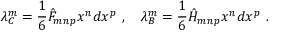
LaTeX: \lambda _ { C } ^ { m } = \frac { 1 } { 6 } \hat { F } _ { m n p } x ^ { n } d x ^ { p } \ , \quad \lambda _ { B } ^ { m } = \frac { 1 } { 6 } \hat { H } _ { m n p } x ^ { n } d x ^ { p } \ .